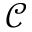
\mathcal { C }